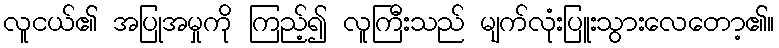
လူငယ်၏ အပြုအမှုကို ကြည့်၍ လူကြီးသည် မျက်လုံးပြူးသွားလေတော့၏။